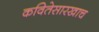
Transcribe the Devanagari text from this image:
कवितेसारखाच